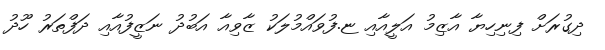
ދިގުރަށް ފިނިހިޔާ އާޒިމު އަލީއާއި ޏ.ފުވައްމުލަކު ޒާވިއާ އަބުދު ނަޒީފުއާއި ދަފްތަރު ހޫދު